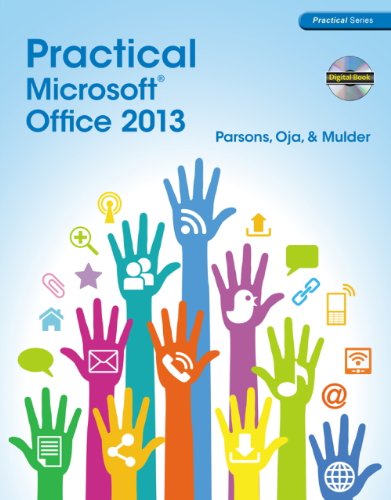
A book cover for Practical Microsoft Office 2013 (with CD-ROM) (New Perspectives); June Jamrich Parsons; Computers & Technology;